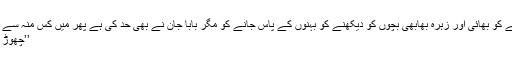
کیا میرا دل نہیں تڑپتا آپ سے ملنے کو بھائی اور زہرہ بھابھی بچوں کو دیکھنے کو بہنوں کے پاس جانے کو مگر بابا جان نے بھی حد کی ہے پھر میں کس منہ سے اور کیا لینے آجاتا اور آج بھی…‘‘
’’چھوڑ چل پچھلی باتوں میں کیا رکھا ہے۔